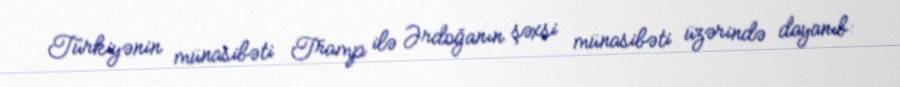
Türkiyənin münasibəti Tramp ilə Ərdoğanın şəxsi münasibəti üzərində dayanıb: